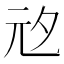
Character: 𭀞